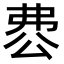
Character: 𠔘